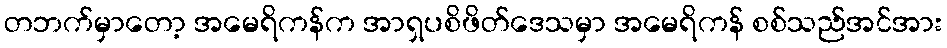
တဘက်မှာတော့ အမေရိကန်က အာရှပစိဖိတ်ဒေသမှာ အမေရိကန် စစ်သည်အင်အား